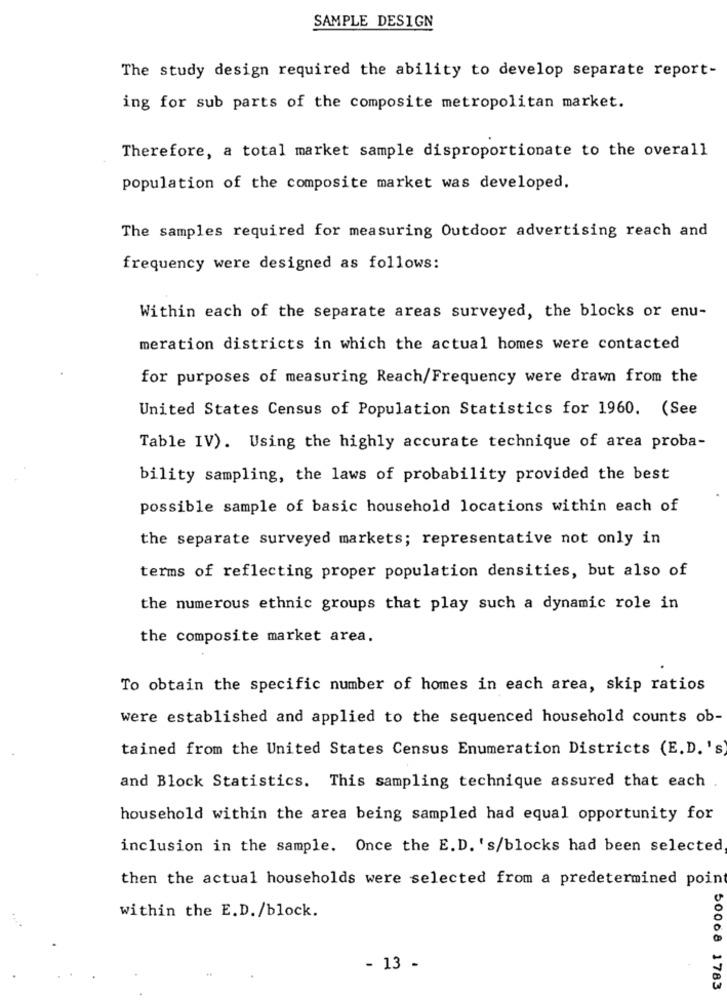
SAMPLE DESIGN
The study design required the ability to develop separate report-
ing for sub parts of the composite metropolitan market.
Therefore, a total market sample disproportionate to the overall
population of the composite market was developed.
The samples required for measuring Outdoor advertising reach and
frequency were designed as follows:
Within each of the separate areas surveyed, the blocks or enu-
meration districts in which the actual homes were contacted
for purposes of measuring Reach/Frequency were drawn from the
United States Census of Population Statistics for 1960. (See
Table IV). Using the highly accurate technique of area proba-
bility sampling, the laws of probability provided the best
possible sample of basic household locations within each of
the separate surveyed markets; representative not only in
terms of reflecting proper population densities, but also of
the numerous ethnic groups that play such a dynamic role in
the composite market area.
To obtain the specific number of homes in each area, skip ratios
were established and applied to the sequenced household counts ob-
tained from the United States Census Enumeration Districts (E. D. 's)
and Block Statistics. This sampling technique assured that each
household within the area being sampled had equal opportunity for
inclusion in the sample. Once the E.D. 's/blocks had been selected,
then the actual households were selected from a predetermined point
within the E.D. /block.
- 13 -
50068 1783